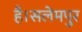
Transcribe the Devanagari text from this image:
है।सलेमपुर